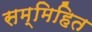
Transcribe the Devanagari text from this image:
सम्मिहित